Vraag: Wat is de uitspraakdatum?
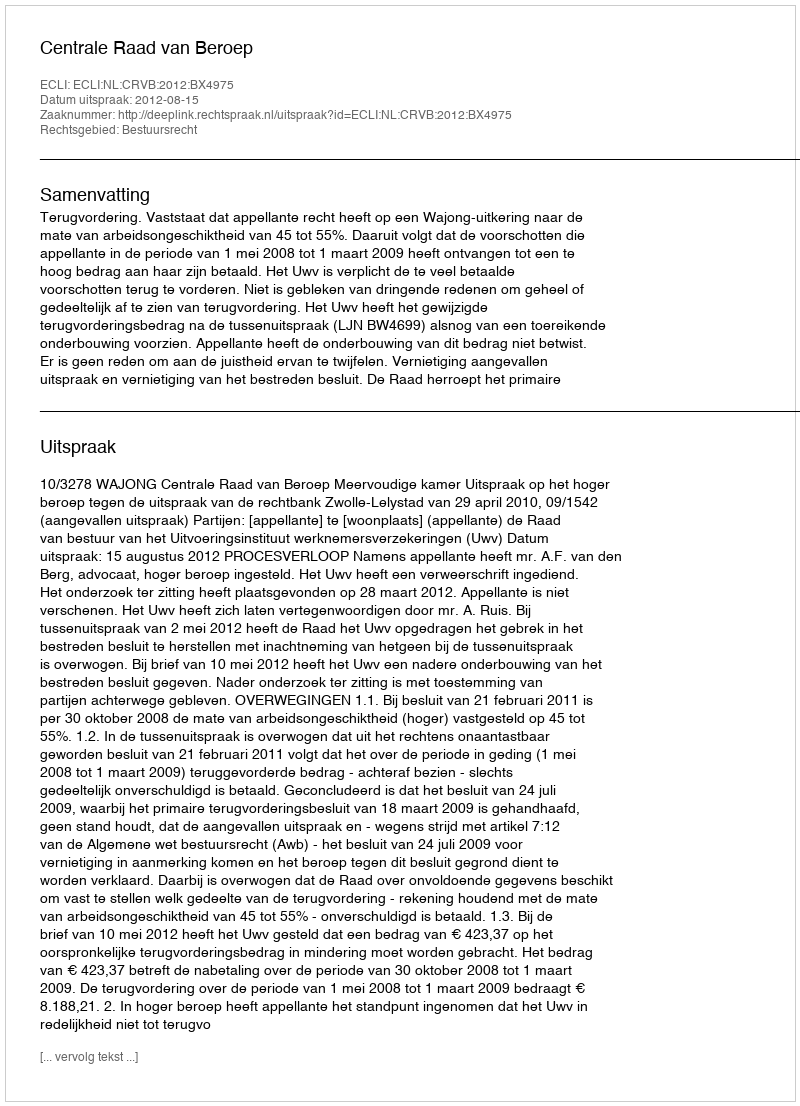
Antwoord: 2012-08-15